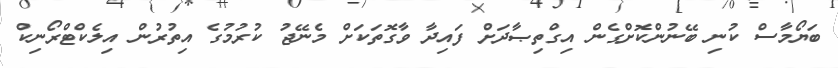
ބަޔޯމާސް ކުނި ބޭނުންކޮށްގެން އިގްތިޞާދަށް ފައިދާ ވާގޮތަކަށް މެނޭޖު ކުރުމުގެ އިތުރުން އިލެކްޓްރޯނިކް